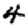
Digit: 4